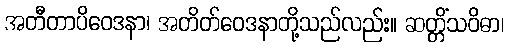
အတီတာပိဝေဒနာ၊ အတိတ်ဝေဒနာတို့သည်လည်း။ ဆတ္တိံသဝိဓာ၊